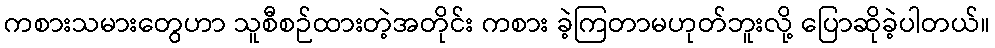
ကစားသမားတွေဟာ သူစီစဉ်ထားတဲ့အတိုင်း ကစား ခဲ့ကြတာမဟုတ်ဘူးလို့ ပြောဆိုခဲ့ပါတယ်။